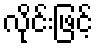
လိုင်းဖြင့်